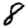
Digit: 8